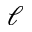
\ell